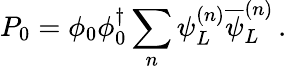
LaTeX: P_{0}=\phi_{0}\phi_{0}^{\dagger}\sum_{n}\psi_{L}^{(n)}\overline{{{\psi}}}_{L}^{(n)}\, .